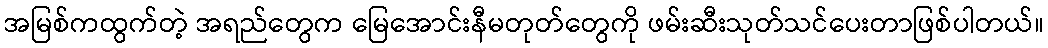
အမြစ်ကထွက်တဲ့ အရည်တွေက မြေအောင်းနီမတုတ်တွေကို ဖမ်းဆီးသုတ်သင်ပေးတာဖြစ်ပါတယ်။